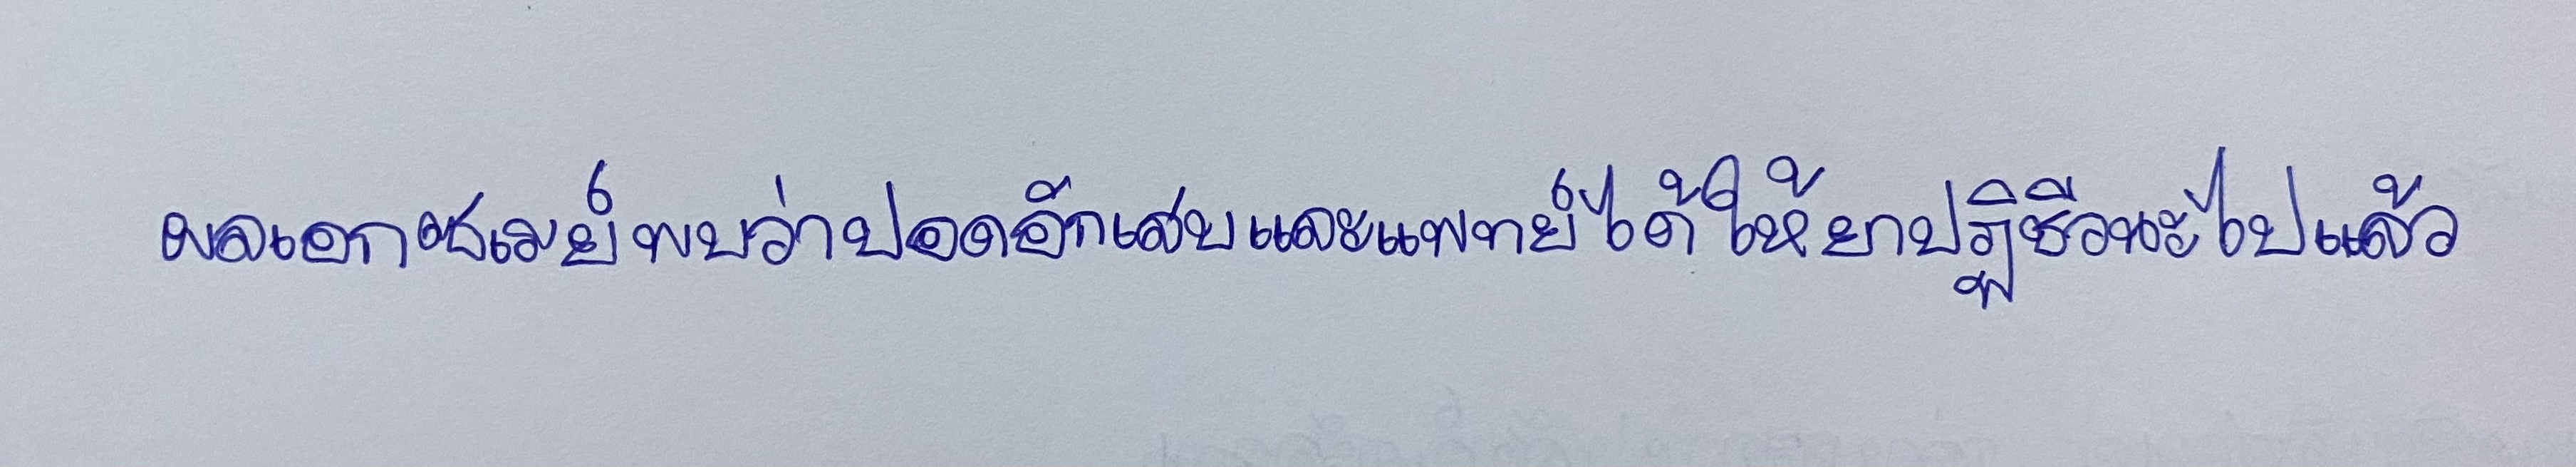
ผลเอกซเรย์พบว่าปอดอักเสบและแพทย์ได้ให้ยาปฏิชีวนะไปแล้ว